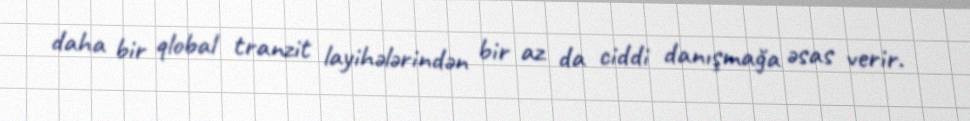
daha bir qlobal tranzit layihələrindən bir az da ciddi danışmağa əsas verir.